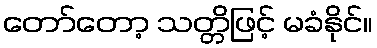
တော်တော့ သတ္တိဖြင့် မခံနိုင်။